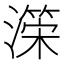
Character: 𭲺